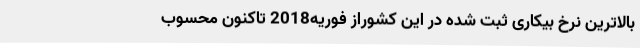
بالاترین نرخ بیکاری ثبت شده در این کشوراز فوریه2018 تاکنون محسوب